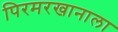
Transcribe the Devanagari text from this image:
पिरमरखानाला